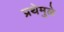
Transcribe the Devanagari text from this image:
प्रथेमुळे